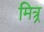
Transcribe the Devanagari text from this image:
मित्र्र